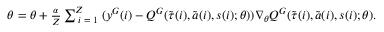
\begin{array} { r l } & { \theta = \theta + \frac { \alpha } { Z } \sum _ { \textrm { \ensuremath { i = 1 } } } ^ { Z } ( y ^ { G } ( i ) - Q ^ { G } ( \tilde { \boldsymbol { \tau } } ( i ) , \tilde { \boldsymbol { a } } ( i ) , \boldsymbol { s } ( i ) ; \theta ) ) \nabla _ { \theta } Q ^ { G } ( \tilde { \boldsymbol { \tau } } ( i ) , \tilde { \boldsymbol { a } } ( i ) , \boldsymbol { s } ( i ) ; \theta ) . } \end{array}